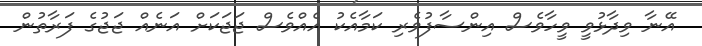
އޭނާ ވިދާޅުވީ ވީހާވެސް އިންސާފުވެރި ކަމާއެކު އެއްވެސް ޖަޖަކަށް އަނެއް ޖަޖުގެ ފަރާތުން